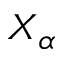
X _ { \alpha }